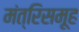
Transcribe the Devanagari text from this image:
मंत्रिसमूह